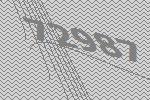
72987